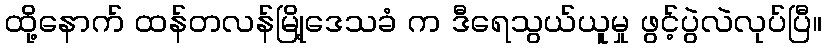
ထို့နောက် ထန်တလန်မြို့ဒေသခံ က ဒီရေသွယ်ယူမှု ဖွင့်ပွဲလဲလုပ်ပြီ။